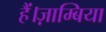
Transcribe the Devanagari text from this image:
हैं।ज़ाम्बिया